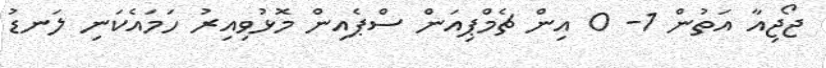
ޖޯޖިއާ އަތުން 1- 0 އިން ޗެމްޕިއަން ސްޕެއިން މޮޅުވިއިރު ހަމައެކަނި ލަނޑު